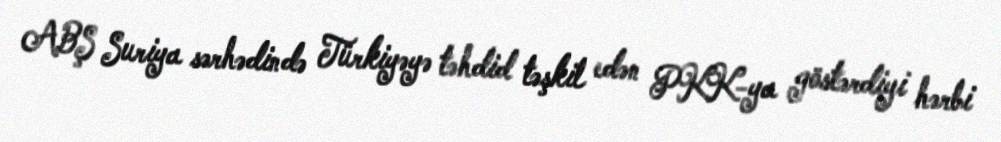
ABŞ Suriya sərhədində Türkiyəyə təhdid təşkil edən PKK-ya göstərdiyi hərbi